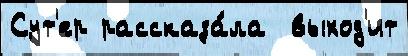
Сут'ер рассказа́ла  выход'ит